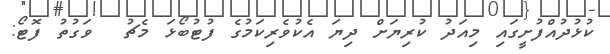
ކުޅުދުއްފުށީގައި މިއަދު ކުރިޔަށް ދިޔަ އެކުވެރިކަމުގެ ފުޓުބޯޅަ މެޗު  ވަގުތު ފޮޓޯ: